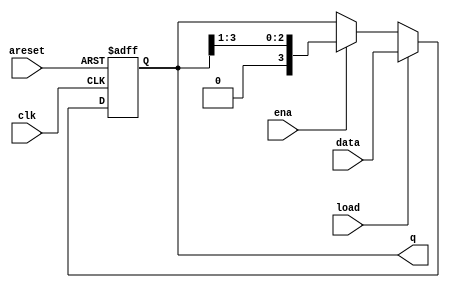
module top_module(
    input wire       clk,
    input wire       areset,
    input wire       load,
    input wire       ena,
    input wire [3:0] data,
    output reg [3:0] q
    );
    
    always @(posedge clk, posedge areset)
    begin
		if (areset)		q <= 4'b0;
		else if (load)  q <= data;
		else if (ena)	q <= (q >> 1);	
	end

endmodule